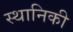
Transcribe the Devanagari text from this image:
स्थानिकी